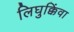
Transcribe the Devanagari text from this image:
लिघुक्किंवा